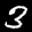
Label: 3